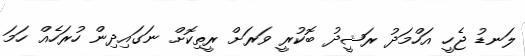
ލަނޑު ޖެހީ އަހްމަދު ރަޝީދު ބޮކުރީ ވަރަށް ރީތިކޮށް ނަގައިދިން ހުރަހެއް ހަމަ